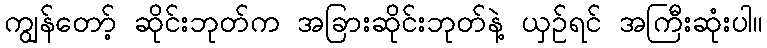
ကျွန်တော့် ဆိုင်းဘုတ်က အခြားဆိုင်းဘုတ်နဲ့ ယှဉ်ရင် အကြီးဆုံးပါ။